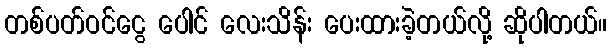
တစ်ပတ်ဝင်ငွေ ပေါင် လေးသိန်း ပေးထားခဲ့တယ်လို့ ဆိုပါတယ်။